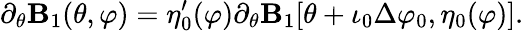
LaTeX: \partial_{\theta}\mathbf{B}_{1}(\theta,\varphi)=\eta_{0}^{\prime}(\varphi)\partial_{\theta}\mathbf{B}_{1}[\theta+\iota_{0}\Delta\varphi_{0},\eta_{0}(\varphi)].